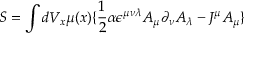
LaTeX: S = \int d V _ { x } \mu ( x ) \lbrace \frac { 1 } { 2 } \alpha \epsilon ^ { \mu \nu \lambda } A _ { \mu } \partial _ { \nu } A _ { \lambda } - J ^ { \mu } A _ { \mu } \rbrace